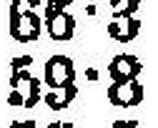
59•8